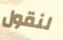
لنقول